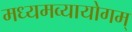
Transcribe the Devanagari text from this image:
मध्यमव्यायोगम्